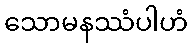
သောမနဿံပါဟံ